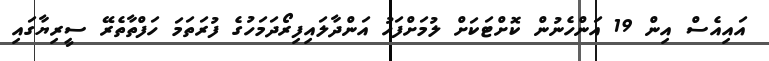
އައިއެސް އިން 19 އަންހެނުން ކޮށްޓަކަށް ލުމަށްފަަހު އަންދާލައިފިރޯދަމަހުގެ ފުރަތަމަ ހަފްތާތެރޭ ސީރިޔާގައި